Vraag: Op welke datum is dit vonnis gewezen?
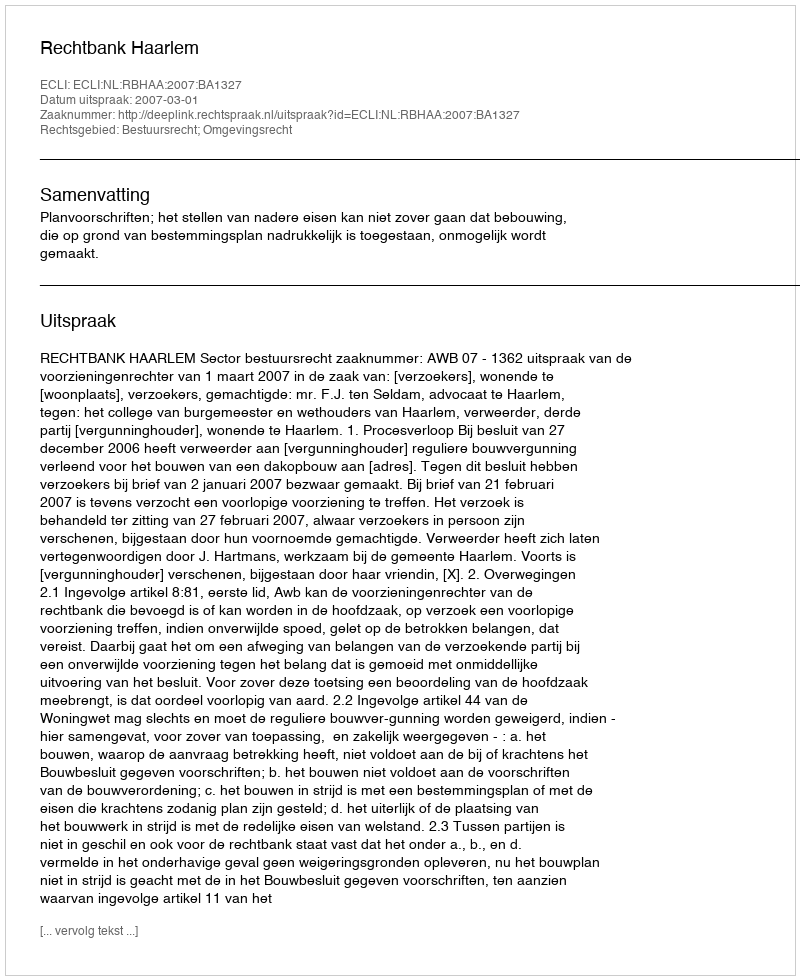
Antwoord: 2007-03-01